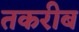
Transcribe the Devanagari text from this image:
तकरीब